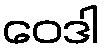
ဝေဒါ